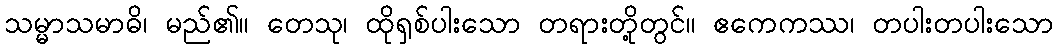
သမ္မာသမာဓိ၊ မည်၏။ တေသု၊ ထိုရှစ်ပါးသော တရားတို့တွင်။ ဧကေကဿ၊ တပါးတပါးသော